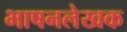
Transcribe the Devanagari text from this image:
भाषनलेखक